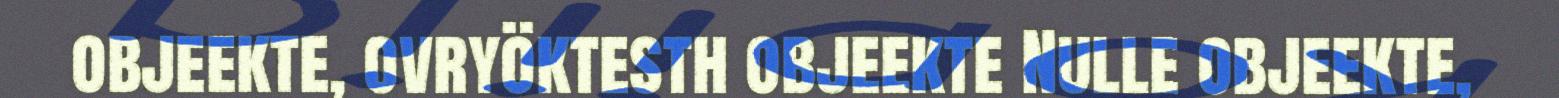
objeekte, ovryöktesth objeekte Nulle objeekte,